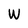
Character: W